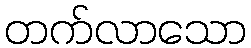
တက်လာသော